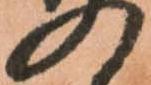
の